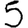
Digit: 5